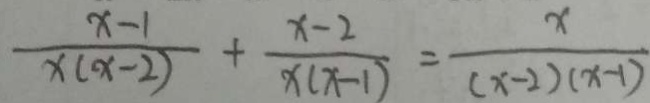
\frac { x - 1 } { x ( x - 2 ) } + \frac { x - 2 } { x ( x - 1 ) } = \frac { x } { ( x - 2 ) ( x - 1 ) }